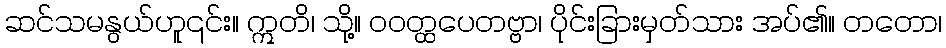
ဆင်သမနွယ်ဟူ၎င်း။ ဣတိ၊ သို့။ ဝဝတ္ထပေတဗ္ဗာ၊ ပိုင်းခြားမှတ်သား အပ်၏။ တတော၊